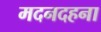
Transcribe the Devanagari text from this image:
मदनदहना